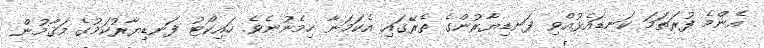
އެންމެ ފުރަތަމަ ކަނޑައެޅުއްވި ފަނޑިޔާރުންގެ ތެރޭގައި އެކަމަނާ ހިމެނުނެވެ. ހައިކޯޓު ފަނޑިޔާރުކަމުގެ މަޤާމުން